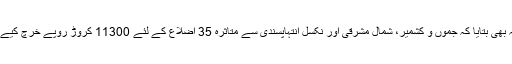
انہوں نے یہ بھی بتایا کہ جموں و کشمیر، شمال مشرقی اور نکسل انتہاپسندی سے متاثرہ 35 اضلاع کے لئے 11300 کروڑ روپے خرچ کیے جائیں گے۔